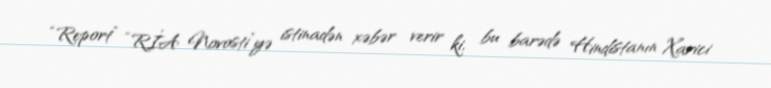
“Report” “RİA Novosti”yə istinadən xəbər verir ki, bu barədə Hindistanın Xarici